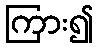
ကြား၍